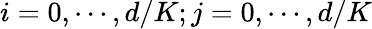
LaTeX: i=0,\cdots,d/K;j=0,\cdots,d/K